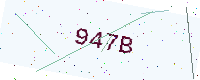
Text: 947B